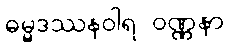
ဓမ္မဒဿနဝါရ ဝဏ္ဏနာ